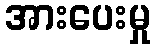
အားပေးမှု